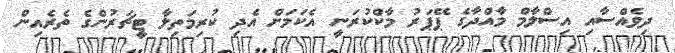
ދިވެއްސާއި އިސްލާމް މާއްދާގެ ޕޭޕަރު މާކްކުރަނީ އެކަމަށް އެދި ކުރިމަތިލާ ޓީޗަރުންގެ ތެރެއިން